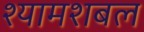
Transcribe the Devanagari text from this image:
श्यामशबल